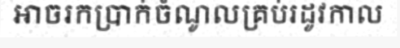
អាចរកប្រាក់ចំណូលគ្រប់រដូវកាល